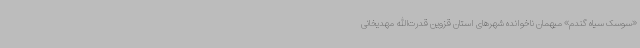
«سوسک سیاه گندم» میهمان ناخوانده شهرهای استان قزوین قدرت‌الله مهدیخانی